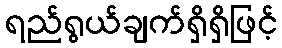
ရည်ရွယ်ချက်ရှိရှိဖြင့်